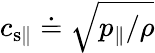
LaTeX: c_{\mathrm{s\| }}\doteq\sqrt{p_{\| }/\rho}